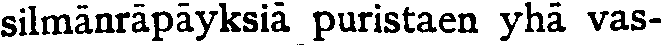
silmänräpäyksiä puristaen yhä vas-